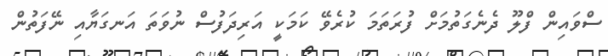
ސްވައިން ފްލޫ ދެނެގަތުމަށް ފުރަތަމަ ކުރެވޭ ކަމަކީ އަރިދަފުސް ނުވަތަ އަނގަޔާއި ނޭފަތުން